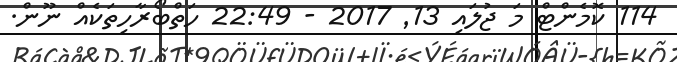
114 ކޮމެންޓް މަ ޖުލައި 13